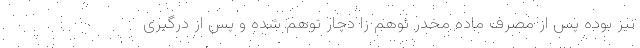
نیز بوده پس از مصرف ماده مخدر توهم زا دچار توهم شده و پس از درگیری